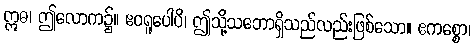
ဣဓ၊ ဤလောက၌။ ဧဝရူပေါပိ၊ ဤသို့သဘောရှိသည်လည်းဖြစ်သော။ ဧကစ္စော၊